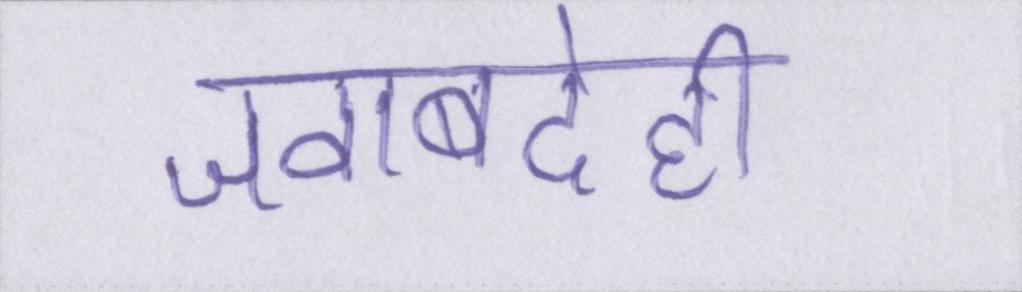
जवाबदेही